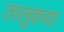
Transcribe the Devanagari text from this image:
तालुकया